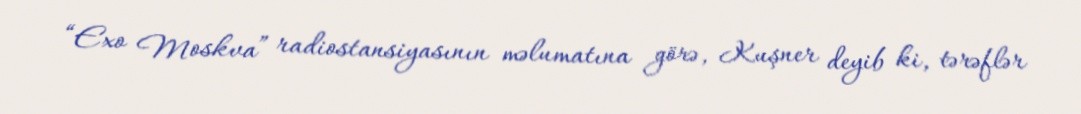
“Exo Moskva” radiostansiyasının məlumatına görə, Kuşner deyib ki, tərəflər